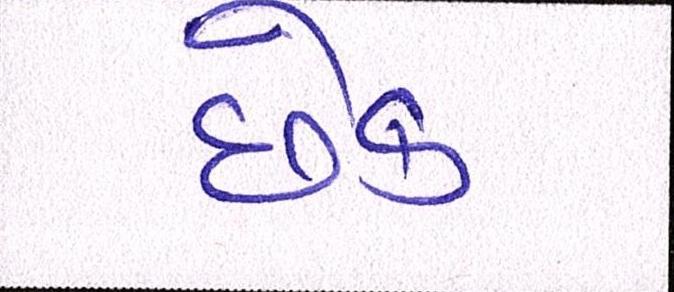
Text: છેક